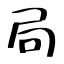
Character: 局